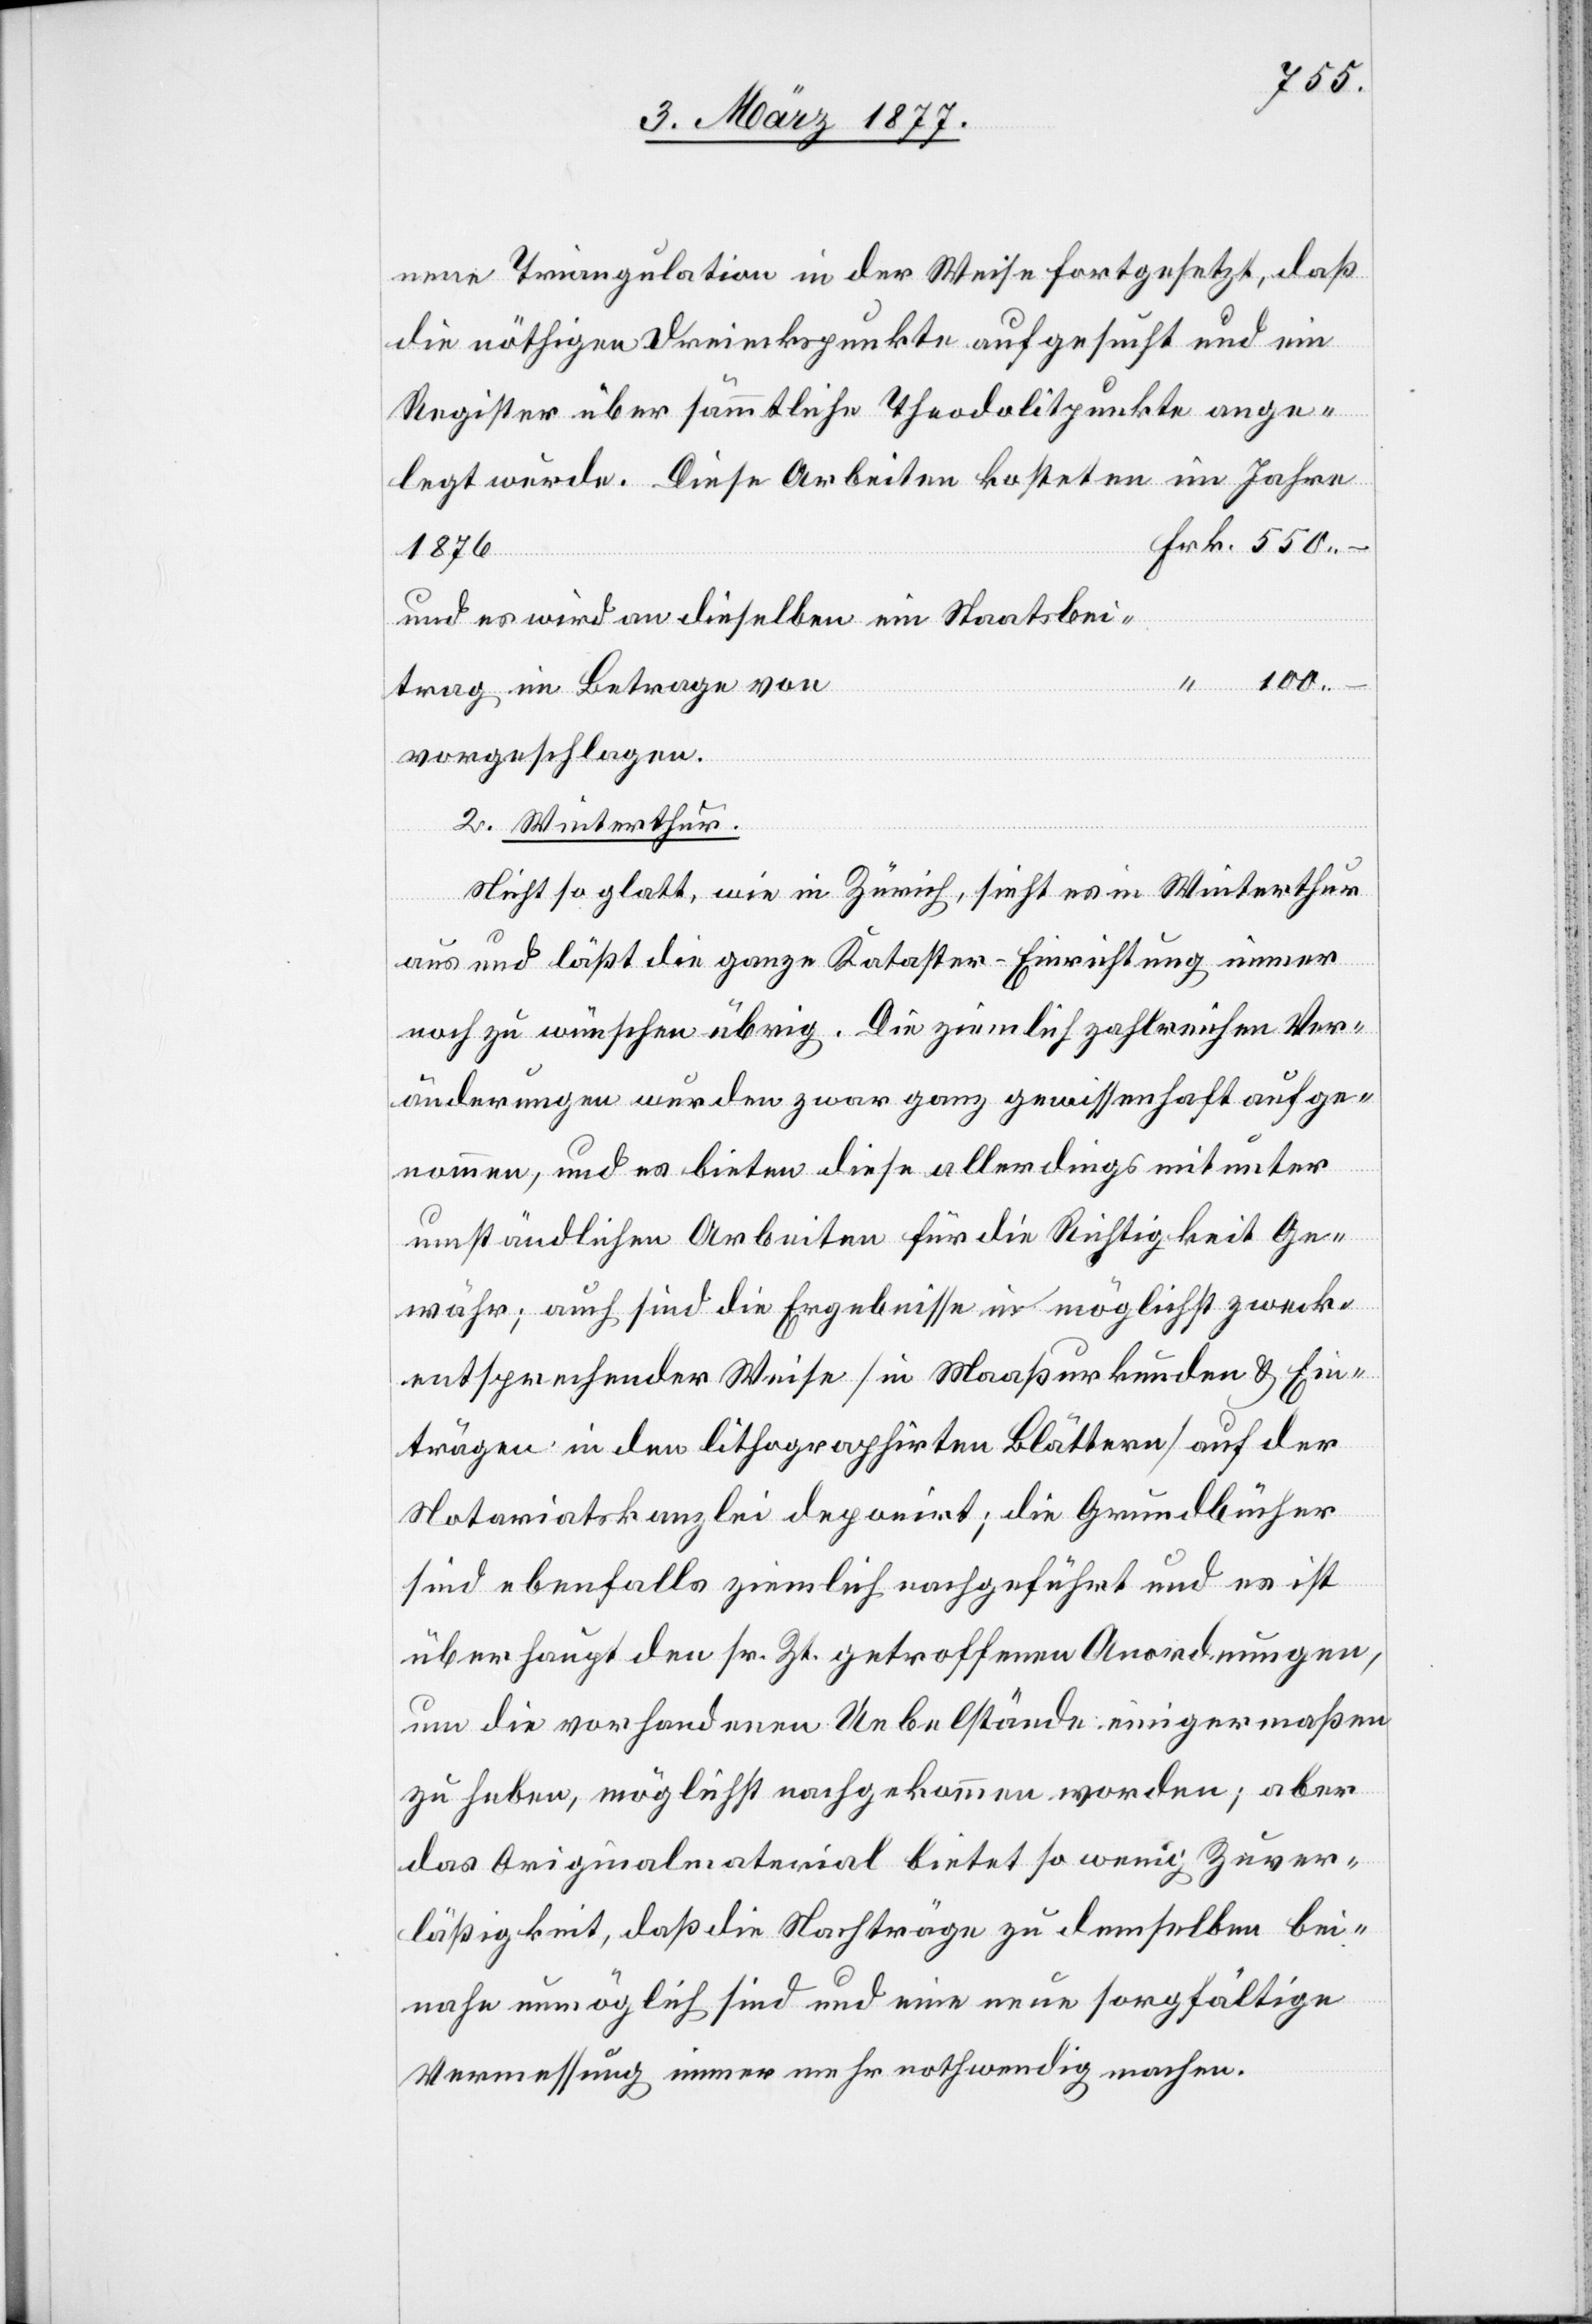
100.
nene Triangulation in der Weise fortgesetzt, daß
die nöthigen Dreieckspunkte aufgesucht und ein
Register über sämmtliche Theodolitpunkte ange¬
Frk.
1876
und es wird an dieselben ein Staatsbei¬
trag im Betrage von
vorgeschlagen.
2. Winterthur.
Nicht so glatt, wie in Zürich, sieht es in Winterthur
aus und läßt die ganze Kataster-Einrichtung immer
noch zu wünschen übrig. Die ziemlich zahlreichen Ver¬
änderungen wurden zwar ganz gewissenhaft aufge¬
nommen, und es bieten diese allerdings mitunter
umständlichen Arbeiten für die Richtigkeit Ge¬
währ; auch sind die Ergebnisse in möglichst zweck¬
entsprechender Weise [in Maaßurkunden & Ein¬
trägen in den lithographirten Blättern] auf der
Notariatskanzlei deponirt; die Grundbücher
sind ebenfalls ziemlich nachgeführt und es ist
überhaupt den sr. Zt. getroffenen Anordnungen,
um die vorhandenen Uebelstände einigermaßen
zu heben, möglichst nachgekommen worden; aber
das Originalmaterial bietet so wenig Zuver¬
läßigkeit, daß die Nachträge zu demselben bei¬
nahe unmöglich sind und eine neue sorgfältige
Vermessung immer mehr nothwendig machen.